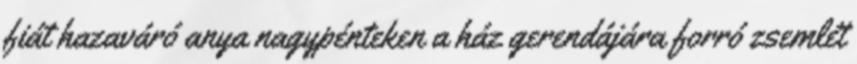
fiát hazaváró anya nagypénteken a ház gerendájára forró zsemlét